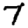
Digit: 7